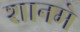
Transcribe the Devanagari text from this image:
शानमे